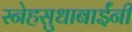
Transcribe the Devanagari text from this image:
स्नेहसुधाबाईंनी